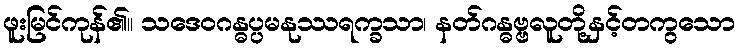
ဖူးမြင်ကုန်၏။ သဒေဝဂန္ဓပ္ပမနုဿရက္ခသာ၊ နတ်ဂန္ဓဗ္ဗလူတို့နှင့်တကွသော